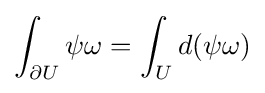
\displaystyle {\int _{\partial U}\psi \omega =\int _{U}d(\psi \omega )}